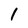
Character: 1